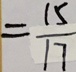
= \frac { 1 5 } { 1 7 }